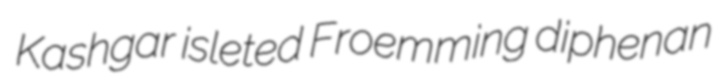
Kashgar isleted Froemming diphenan